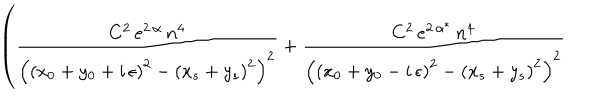
LaTeX: \left( \frac { C ^ { 2 } \, e ^ { 2 \, \alpha } \, n ^ { 4 } } { \left( \left( x _ { 0 } + y _ { 0 } + i \, \epsilon \right) ^ { 2 } - \left( x _ { s } + y _ { s } \right) ^ { 2 } \right) ^ { 2 } } + \frac { C ^ { 2 } \, e ^ { 2 \, \alpha ^ { * } } \, n ^ { 4 } } { \left( \left( x _ { 0 } + y _ { 0 } - i \, \epsilon \right) ^ { 2 } - \left( x _ { s } + y _ { s } \right) ^ { 2 } \right) ^ { 2 } } \right.